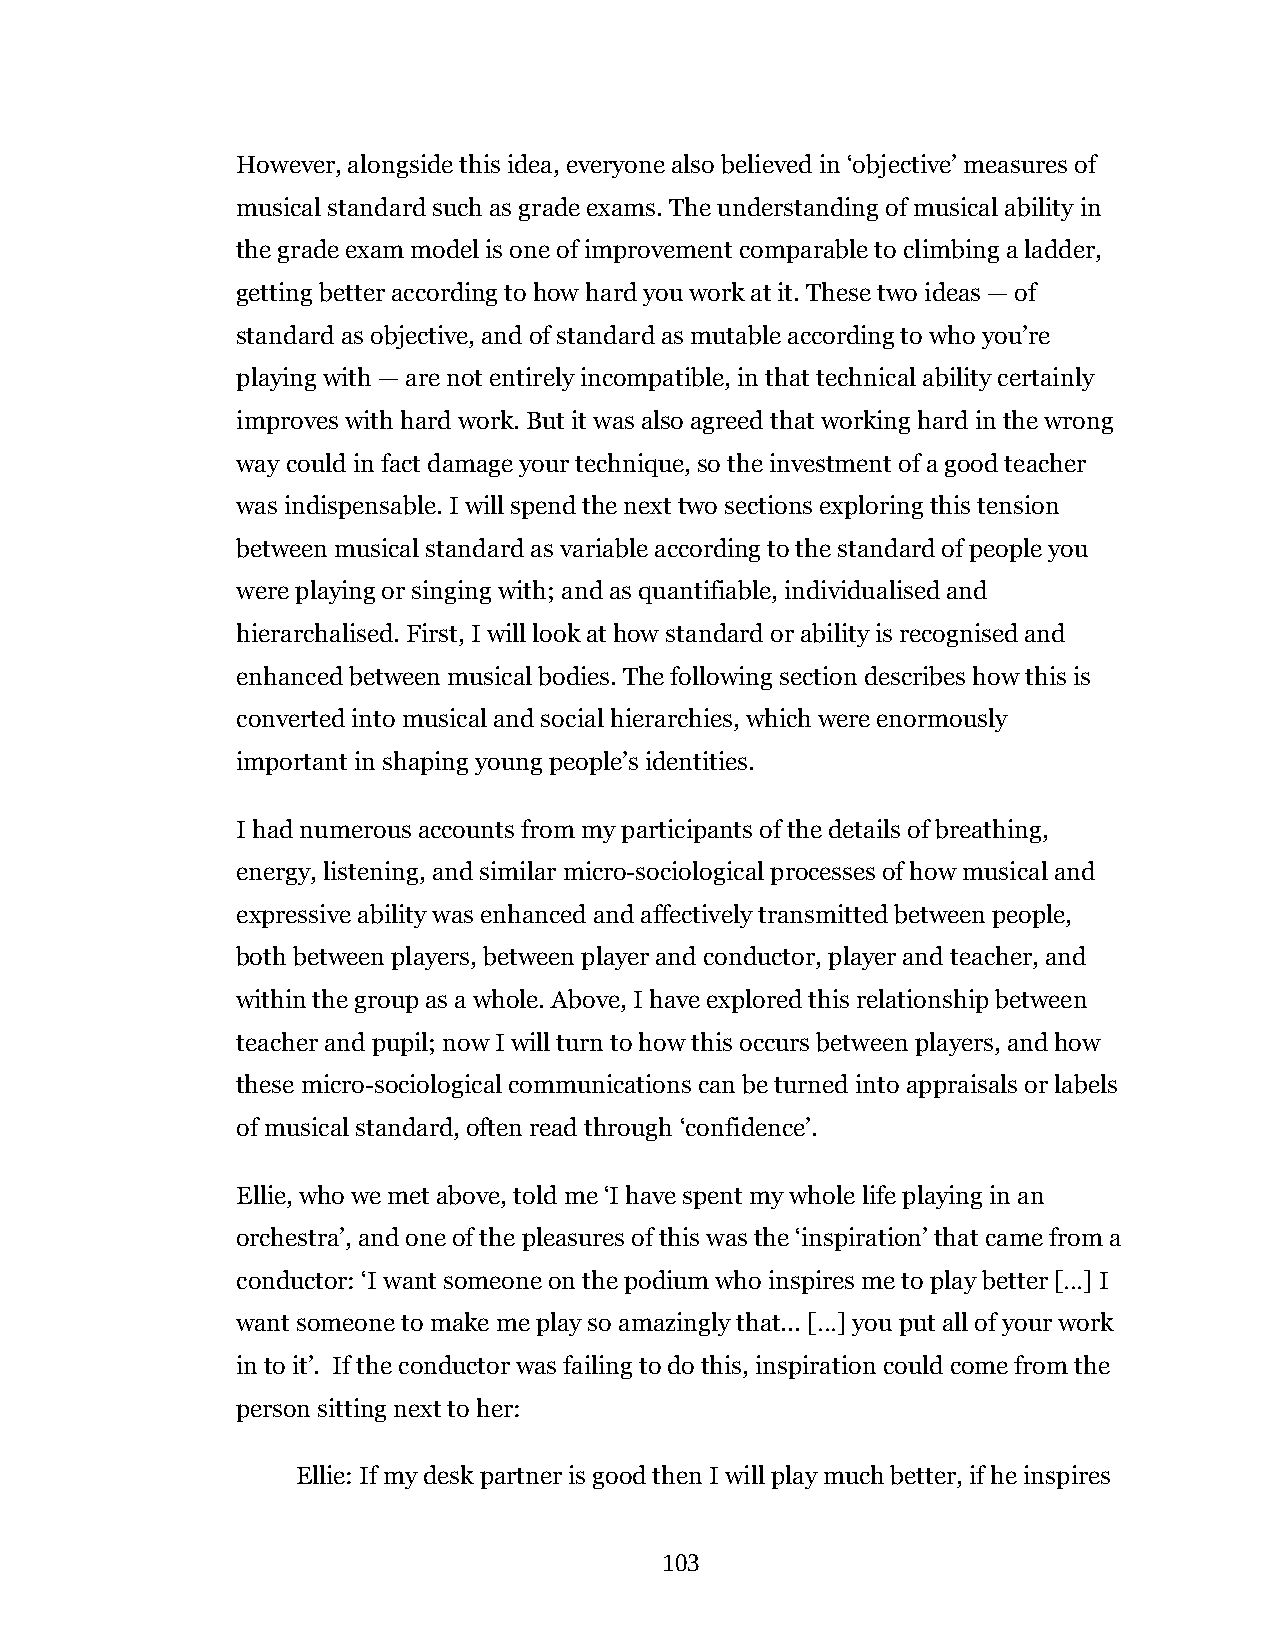
However, alongside this idea, everyone also believed in ‘objective’ measures of
 musical standard such as grade exams. The understanding of musical ability in
 the grade exam model is one of improvement comparable to climbing a ladder,
 getting better according to how hard you work at it. These two ideas — of
 standard as objective, and of standard as mutable according to who you’re
 playing with — are not entirely incompatible, in that technical ability certainly
 improves with hard work. But it was also agreed that working hard in the wrong
 way could in fact damage your technique, so the investment of a good teacher
 was indispensable. I will spend the next two sections exploring this tension
 between musical standard as variable according to the standard of people you
 were playing or singing with; and as quantifiable, individualised and
 hierarchalised. First, I will look at how standard or ability is recognised and
 enhanced between musical bodies. The following section describes how this is
 converted into musical and social hierarchies, which were enormously
 important in shaping young people’s identities.
 I had numerous accounts from my participants of the details of breathing,
 energy, listening, and similar micro-sociological processes of how musical and
 expressive ability was enhanced and affectively transmitted between people,
 both between players, between player and conductor, player and teacher, and
 within the group as a whole. Above, I have explored this relationship between
 teacher and pupil; now I will turn to how this occurs between players, and how
 these micro-sociological communications can be turned into appraisals or labels
 of musical standard, often read through ‘confidence’.
 Ellie, who we met above, told me ‘I have spent my whole life playing in an
 orchestra’, and one of the pleasures of this was the ‘inspiration’ that came from a
 conductor: ‘I want someone on the podium who inspires me to play better […] I
 want someone to make me play so amazingly that... […] you put all of your work
 in to it’. If the conductor was failing to do this, inspiration could come from the
 person sitting next to her:
 Ellie: If my desk partner is good then I will play much better, if he inspires
 103